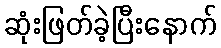
ဆုံးဖြတ်ခဲ့ပြီးနောက်